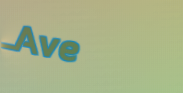
Ave